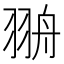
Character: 𦐩